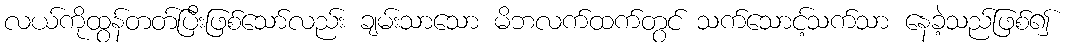
လယ်ကိုထွန်တတ်ပြီးဖြစ်သော်လည်း ချမ်းသာသော မိဘလက်ထက်တွင် သက်သောင့်သက်သာ နေခဲ့သည်ဖြစ်၍